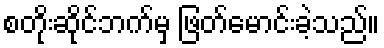
စတိုးဆိုင်ဘက်မှ ဖြတ်မောင်းခဲ့သည်။